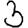
Digit: 3